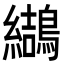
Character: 𪆋